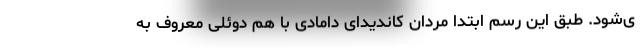
ی‌شود. طبق این رسم ابتدا مردان کاندیدای دامادی با هم دوئلی معروف به